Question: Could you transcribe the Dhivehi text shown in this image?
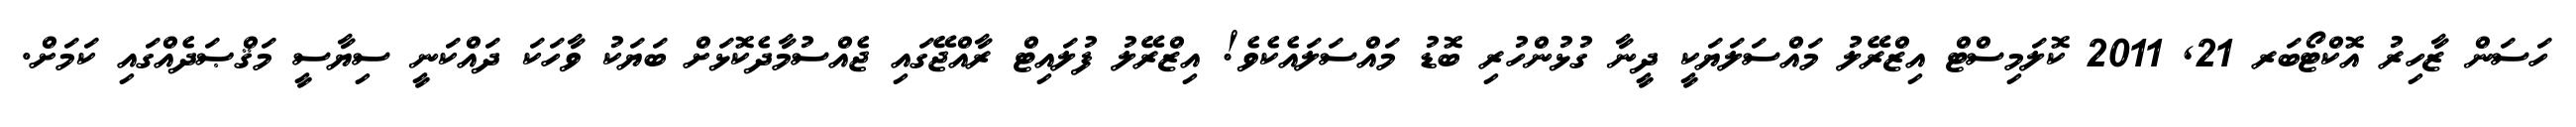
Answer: ހަސަން ޒާހިރު އޮކްޓޯބަރ 21, 2011 ކޮލަމިސްޓް އިޒްރޭލު މައްސަލަޔަކީ ދީނާ ގުޅުންހުރި ބޮޑު މައްސަލައެކެވެ! އިޒްރޭލު ފުލައިޓް ރާއްޖޭގައި ޖެއްސުމާދެކޮޅަށް ބަޔަކު ވާހަކަ ދައްކަނީ ސިޔާސީ މަޤްޞަދެއްގައި ކަމަށް.